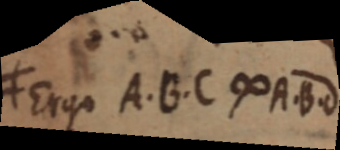
≠ Ergo A. B. C ∞ A. B. d